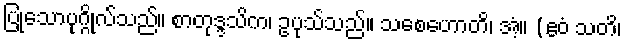
ပြုသောပုဂ္ဂိုလ်သည်။ စာတုဒ္ဒသိက၊ ဥပုသ်သည်။ သစေဟောတိ၊ အံ့။ (ဧဝံ သတိ၊